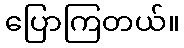
ပြောကြတယ်။